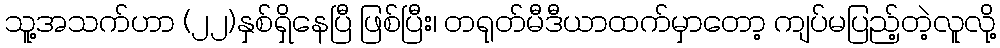
သူ့အသက်ဟာ (၂၂)နှစ်ရှိနေပြီ ဖြစ်ပြီး၊ တရုတ်မီဒီယာထက်မှာတော့ ကျပ်မပြည့်တဲ့လူလို့